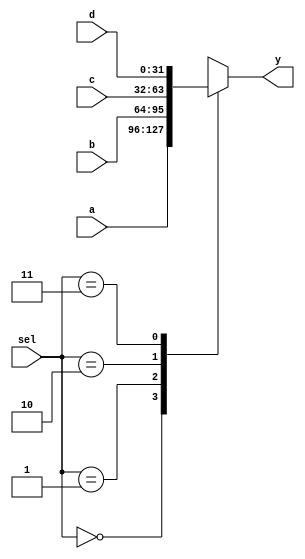

//
//	mux4.v
//		Adjustable data width mux 4
//

// -------------------------------- //
//	By: Bryce Keen	
// -------------------------------- //

// Change Log:	NA


module mux4(a, b, c, d, sel, y);
	parameter WIDTH = 32;
	
	input wire [WIDTH - 1:0]	a, b, c, d;
    input wire [1:0]			sel;
	output reg [WIDTH - 1:0]	y;

    always @(*) begin
        case (sel)
            2'b00:  y <= a;
            2'b01:  y <= b;
            2'b10:  y <= c;
            2'b11:  y <= d;
        endcase
    end

endmodule